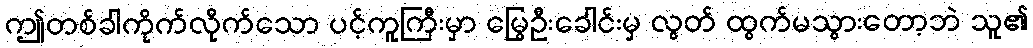
ဤတစ်ခါကိုက်လိုက်သော ပင့်ကူကြီးမှာ မြွေဦးခေါင်းမှ လွတ် ထွက်မသွားတော့ဘဲ သူ၏